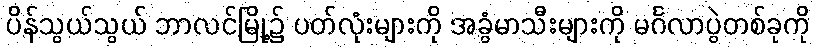
ပိန်သွယ်သွယ် ဘာလင်မြို့၌ ပတ်လုံးများကို အခွံမာသီးများကို မင်္ဂလာပွဲတစ်ခုကို